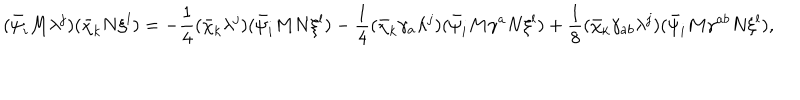
LaTeX: ( \bar { \psi } _ { i } M \lambda ^ { j } ) ( \bar { \chi } _ { k } N \xi ^ { l } ) = - \frac { 1 } { 4 } ( \bar { \chi } _ { k } \lambda ^ { j } ) ( \bar { \psi } _ { i } M N \xi ^ { l } ) - \frac { 1 } { 4 } ( \bar { \chi } _ { k } \gamma _ { a } \lambda ^ { j } ) ( \bar { \psi } _ { i } M \gamma ^ { a } N \xi ^ { l } ) + \frac { 1 } { 8 } ( \bar { \chi } _ { k } \gamma _ { a b } \lambda ^ { j } ) ( \bar { \psi } _ { i } M \gamma ^ { a b } N \xi ^ { l } ) ,